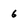
Character: 6